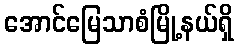
အောင်မြေသာစံမြို့နယ်ရှိ